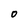
Character: 0